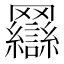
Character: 𰭖